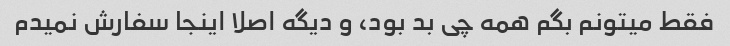
فقط میتونم بگم همه چی بد بود، و دیگه اصلا اینجا سفارش نمیدم